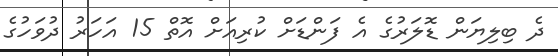
ދެ ބިލިޔަން ޑޮލަރުގެ އެ ފަންޑަށް ކުރިއަށް އޮތް 15 އަހަރު ދުވަހުގެ